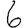
Digit: 6